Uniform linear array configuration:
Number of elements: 12
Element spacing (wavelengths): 0.5
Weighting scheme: cosine
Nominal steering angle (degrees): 0
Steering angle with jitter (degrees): -0.4008
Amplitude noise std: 0.05
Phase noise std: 0.05

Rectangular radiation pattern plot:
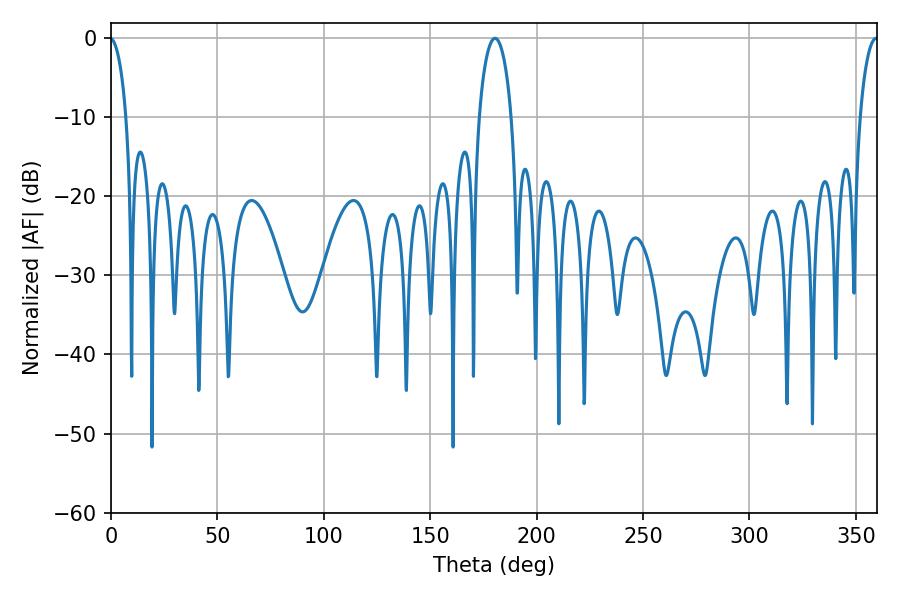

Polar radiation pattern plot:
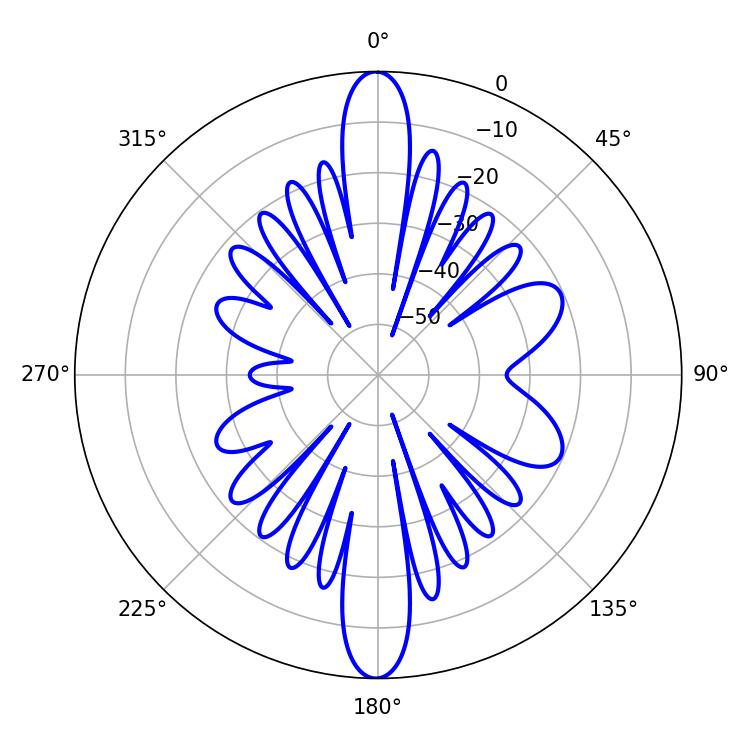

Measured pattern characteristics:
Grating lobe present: FALSE
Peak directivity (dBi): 36.408
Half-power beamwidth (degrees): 4.86
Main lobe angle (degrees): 359.64